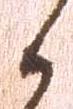
候